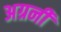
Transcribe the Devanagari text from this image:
अग्रनी